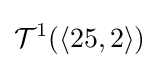
{\mathcal {T}}^{1}(\langle 25,2\rangle )